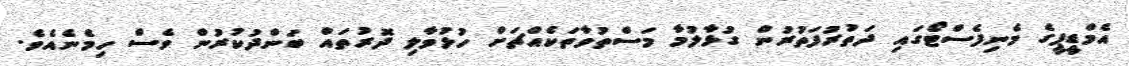
އެމްޑީޕީގެ މެނިފެސްޓޯގައި ދަތުރުފަތުރުން ގުޅާލުމާ މަސްތުވާތަކެއްޗަށް ހުޅުވާލި ދޮރުތައް ބަންދުކުރުން ވެސް ހިމެނެއެވެ.